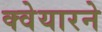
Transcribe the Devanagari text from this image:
क्वेयारने